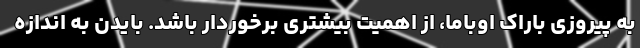
به پیروزی باراک اوباما، از اهمیت بیشتری برخوردار باشد. بایدن به اندازه